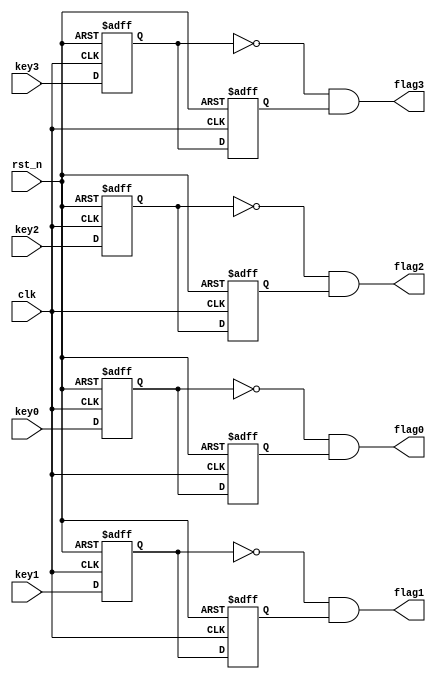
/*
down_edge_det u_down_edge_det_0
                    (.clk(),
                     .rst_n(),
							.key0(),
							.key1(),
							.key2(),
							.key3(),
							.flag0(),
							.flag1(),
							.flag2(),
							.flag3()
							);
*/

module down_edge_det(input clk,
                     input rst_n,
							input key0,
							input key1,
							input key2,
							input key3,
							output flag0,
							output flag1,
							output flag2,
							output flag3
							);

reg key0_r1,key0_r2;
reg key1_r1,key1_r2;
reg key2_r1,key2_r2;
reg key3_r1,key3_r2;
assign flag0 = (key0_r1 == 1'b0) && key0_r2;
assign flag1 = (key1_r1 == 1'b0) && key1_r2;
assign flag2 = (key2_r1 == 1'b0) && key2_r2;
assign flag3 = (key3_r1 == 1'b0) && key3_r2;
always@(posedge clk or negedge rst_n)
begin
if(rst_n == 1'b0)
    begin
	 key0_r1 <= 1'b1;
	 key0_r2 <= 1'b1;
	 key1_r1 <= 1'b1;
	 key1_r2 <= 1'b1;
	 key2_r1 <= 1'b1;
	 key2_r2 <= 1'b1;
	 key3_r1 <= 1'b1;
	 key3_r2 <= 1'b1;
	 end
else
    begin
	 key0_r1 <= key0;
	 key0_r2 <= key0_r1;
	 key1_r1 <= key1;
	 key1_r2 <= key1_r1;
	 key2_r1 <= key2;
	 key2_r2 <= key2_r1;
	 key3_r1 <= key3;
	 key3_r2 <= key3_r1;
	 end
end
endmodule